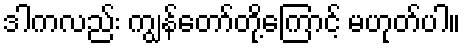
ဒါကလည်း ကျွန်တော်တို့ကြောင့် မဟုတ်ပါ။